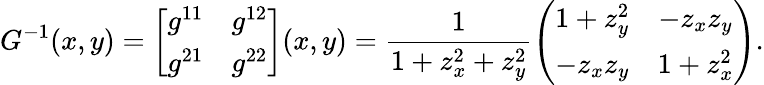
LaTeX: G^{-1}(x,y)=\left[\begin{array}{ll}{g^{11}}&{g^{12}}\\ {g^{21}}&{g^{22}}\end{array}\right](x,y)=\frac{1}{1+z_{x}^{2}+z_{y}^{2}}\left(\begin{array}{cc}{1+z_{y}^{2}}&{-z_{x}z_{y}}\\ {-z_{x}z_{y}}&{1+z_{x}^{2}}\end{array}\right).